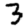
Digit: 3